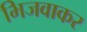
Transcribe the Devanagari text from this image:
भिजवाकर